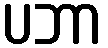
ပဘာ